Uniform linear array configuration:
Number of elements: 64
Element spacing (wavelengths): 1
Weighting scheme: hann
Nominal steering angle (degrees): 15
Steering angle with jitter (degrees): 16.986
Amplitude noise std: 0.05
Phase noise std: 0.05

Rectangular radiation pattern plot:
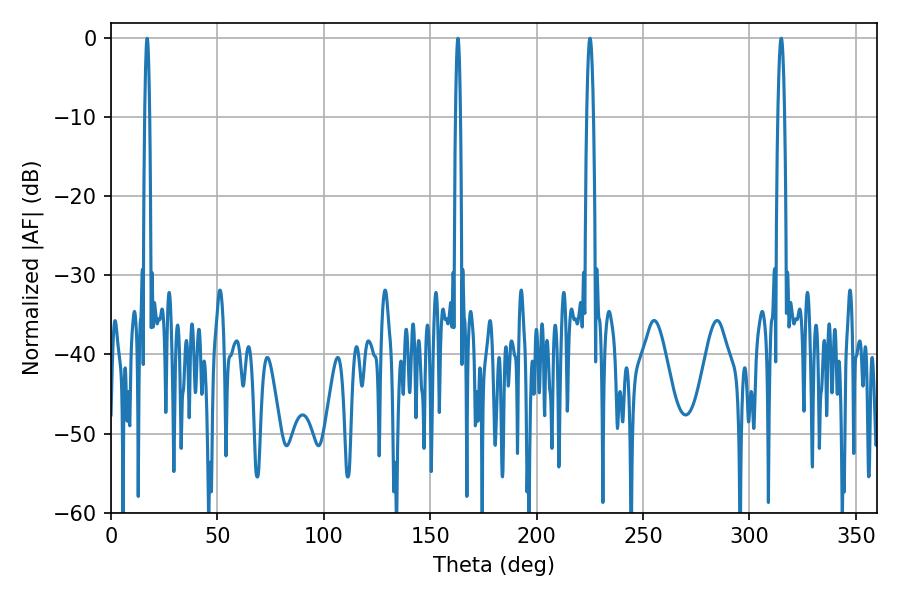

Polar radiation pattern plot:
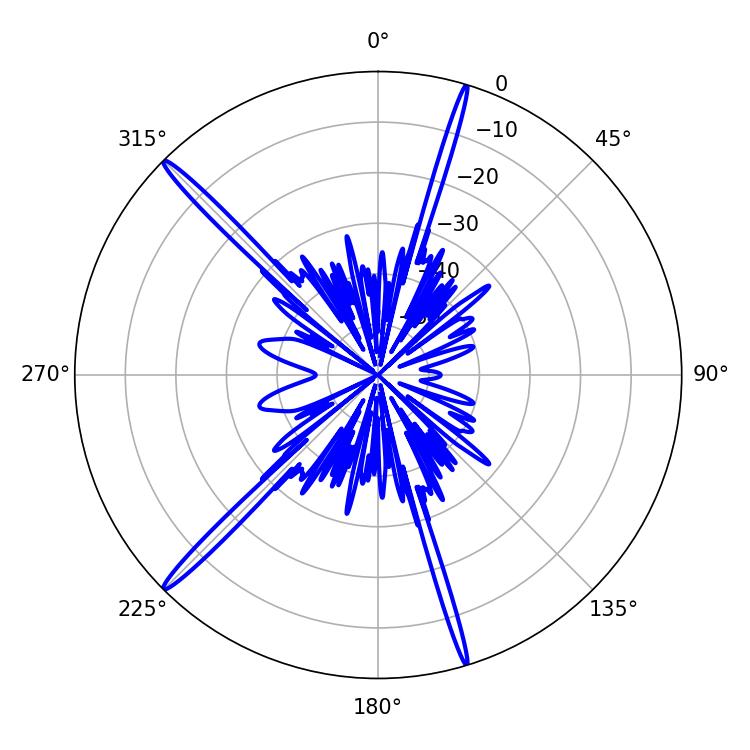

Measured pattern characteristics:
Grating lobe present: TRUE
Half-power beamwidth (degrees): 1.62
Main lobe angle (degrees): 225